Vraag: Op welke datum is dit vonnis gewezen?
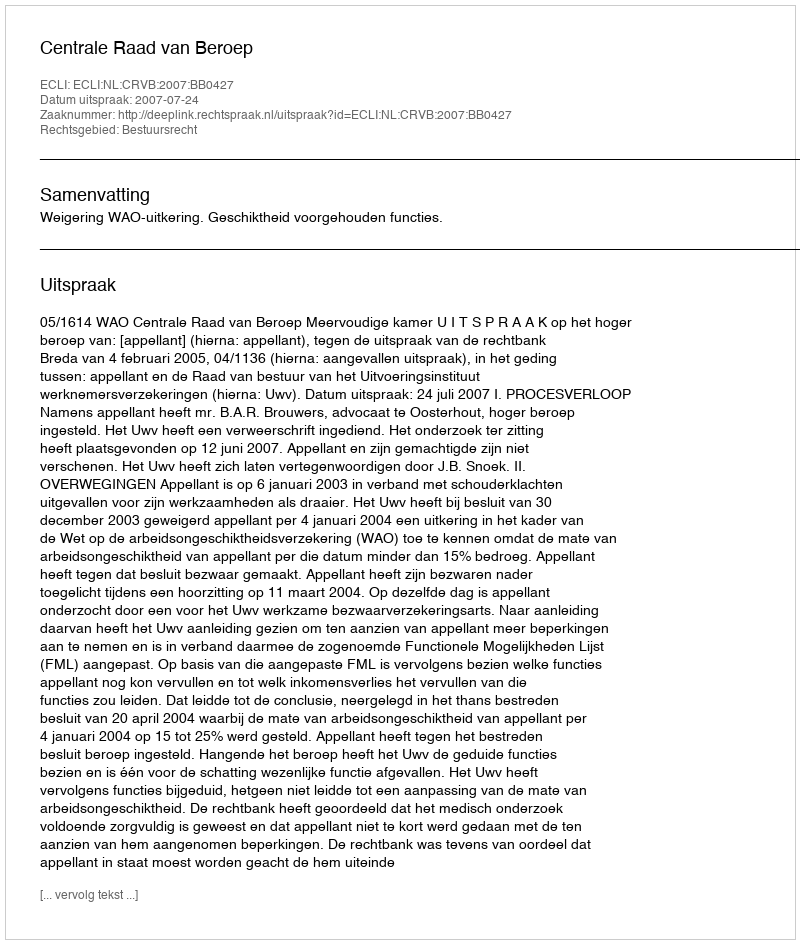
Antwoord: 2007-07-24